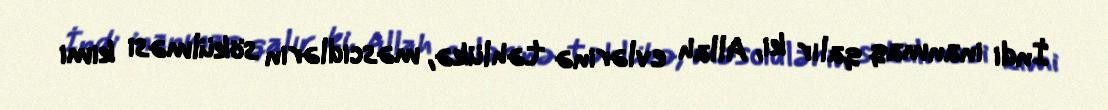
İndi inanmaq qalır ki, Allah evlərinə təhlükə, məscidlərin sökülməsi kimi